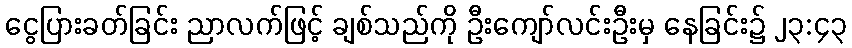
ငွေပြားခတ်ခြင်း ညာလက်ဖြင့် ချစ်သည်ကို ဦးကျော်လင်းဦးမှ နေခြင်း၌ ၂၃:၄၃